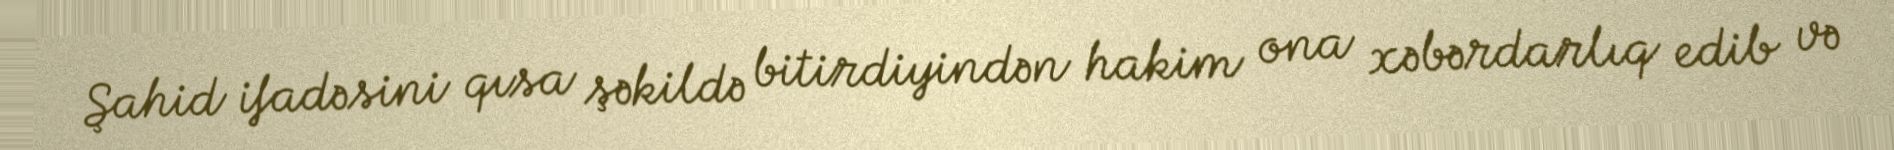
Şahid ifadəsini qısa şəkildə bitirdiyindən hakim ona xəbərdarlıq edib və